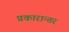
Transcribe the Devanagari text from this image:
प्रकारान्‍तर